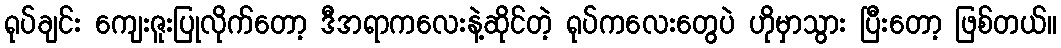
ရုပ်ချင်း ကျေးဇူးပြုလိုက်တော့ ဒီအရာကလေးနဲ့ဆိုင်တဲ့ ရုပ်ကလေးတွေပဲ ဟိုမှာသွား ပြီးတော့ ဖြစ်တယ်။